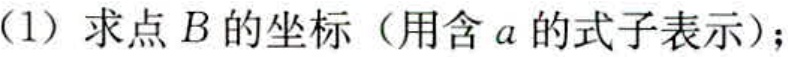
(1) 求点\(B\)的坐标（用含\(a\)的式子表示）；